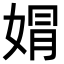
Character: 𡝭